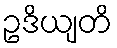
ဥဒိယျတိ